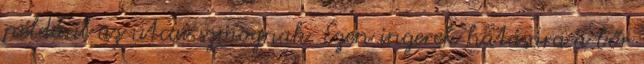
például az utcai szmognak. Ezen ingerek hatására a bőr